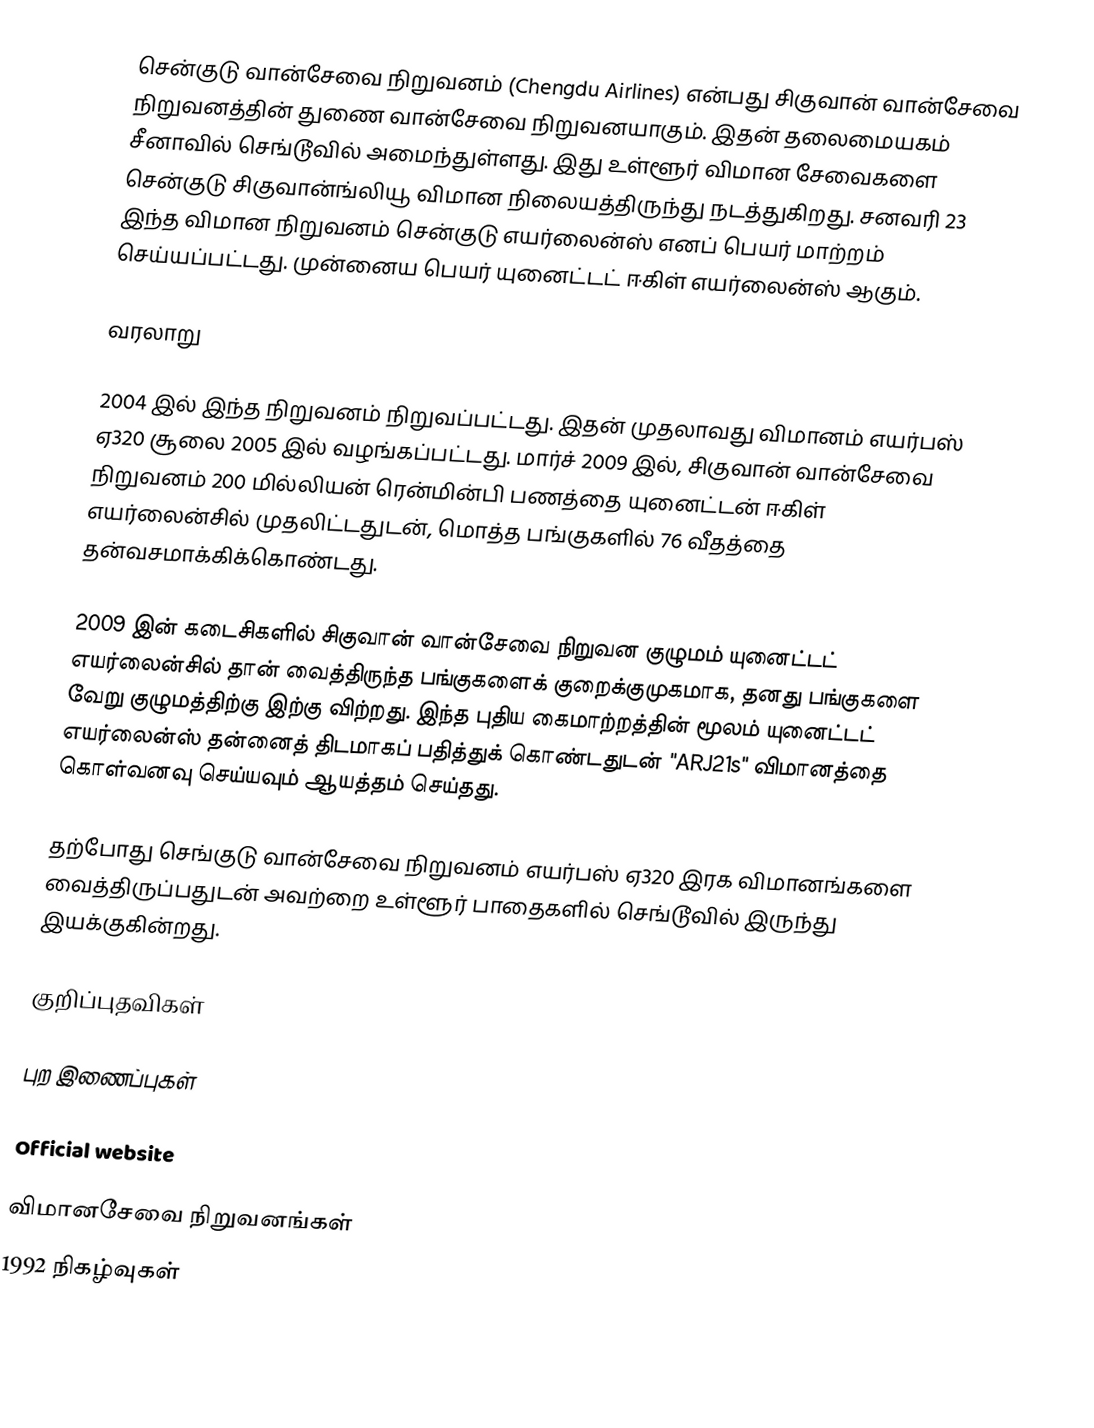
சென்குடு வான்சேவை நிறுவனம் (Chengdu Airlines) என்பது சிகுவான் வான்சேவை நிறுவனத்தின் துணை வான்சேவை நிறுவனயாகும். இதன் தலைமையகம் சீனாவில் செங்டூவில் அமைந்துள்ளது. இது உள்ளூர் விமான சேவைகளை சென்குடு சிகுவான்ங்லியூ விமான நிலையத்திருந்து நடத்துகிறது. சனவரி 23 இந்த விமான நிறுவனம் சென்குடு எயர்லைன்ஸ் எனப் பெயர் மாற்றம் செய்யப்பட்டது. முன்னைய பெயர் யுனைட்டட் ஈகிள் எயர்லைன்ஸ் ஆகும்.

வரலாறு

2004 இல் இந்த நிறுவனம் நிறுவப்பட்டது. இதன் முதலாவது விமானம் எயர்பஸ் ஏ320 சூலை 2005 இல் வழங்கப்பட்டது. மார்ச் 2009 இல், சிகுவான் வான்சேவை நிறுவனம் 200 மில்லியன் ரென்மின்பி பணத்தை யுனைட்டன் ஈகிள் எயர்லைன்சில் முதலிட்டதுடன், மொத்த பங்குகளில் 76 வீதத்தை தன்வசமாக்கிக்கொண்டது.

2009 இன் கடைசிகளில் சிகுவான் வான்சேவை நிறுவன குழுமம் யுனைட்டட் எயர்லைன்சில் தான் வைத்திருந்த பங்குகளைக் குறைக்குமுகமாக, தனது பங்குகளை வேறு குழுமத்திற்கு இற்கு விற்றது. இந்த புதிய கைமாற்றத்தின் மூலம் யுனைட்டட் எயர்லைன்ஸ் தன்னைத் திடமாகப் பதித்துக் கொண்டதுடன் "ARJ21s" விமானத்தை கொள்வனவு செய்யவும் ஆயத்தம் செய்தது.

தற்போது செங்குடு வான்சேவை நிறுவனம் எயர்பஸ் ஏ320 இரக விமானங்களை வைத்திருப்பதுடன் அவற்றை உள்ளூர் பாதைகளில் செங்டூவில் இருந்து இயக்குகின்றது.

குறிப்புதவிகள்

புற இணைப்புகள்

Official website

விமானசேவை நிறுவனங்கள்
1992 நிகழ்வுகள்